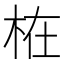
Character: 𣑊